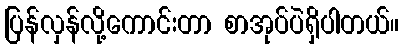
ပြန်လှန်လို့ကောင်းတာ စာအုပ်ပဲရှိပါတယ်။